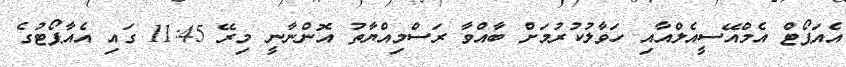
އެއަޕޯޓް އެމްއޭސީއެލްއާއި ހަވާލުކުރުމަށް ބާއްވާ ރަސްމިއްޔާތު އޮންނާނީ މިރޭ 11:45 ގައި އެއާޕޯޓުގެ